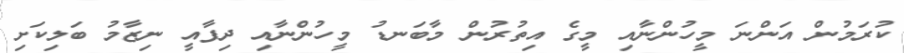
ކުރަމުން އަންނަ މީހުންނާއި މީގެ އިތުރުން މާބަނޑު މީހުންނާއި ދިފާއީ ނިޒާމު ބަލިކަށި